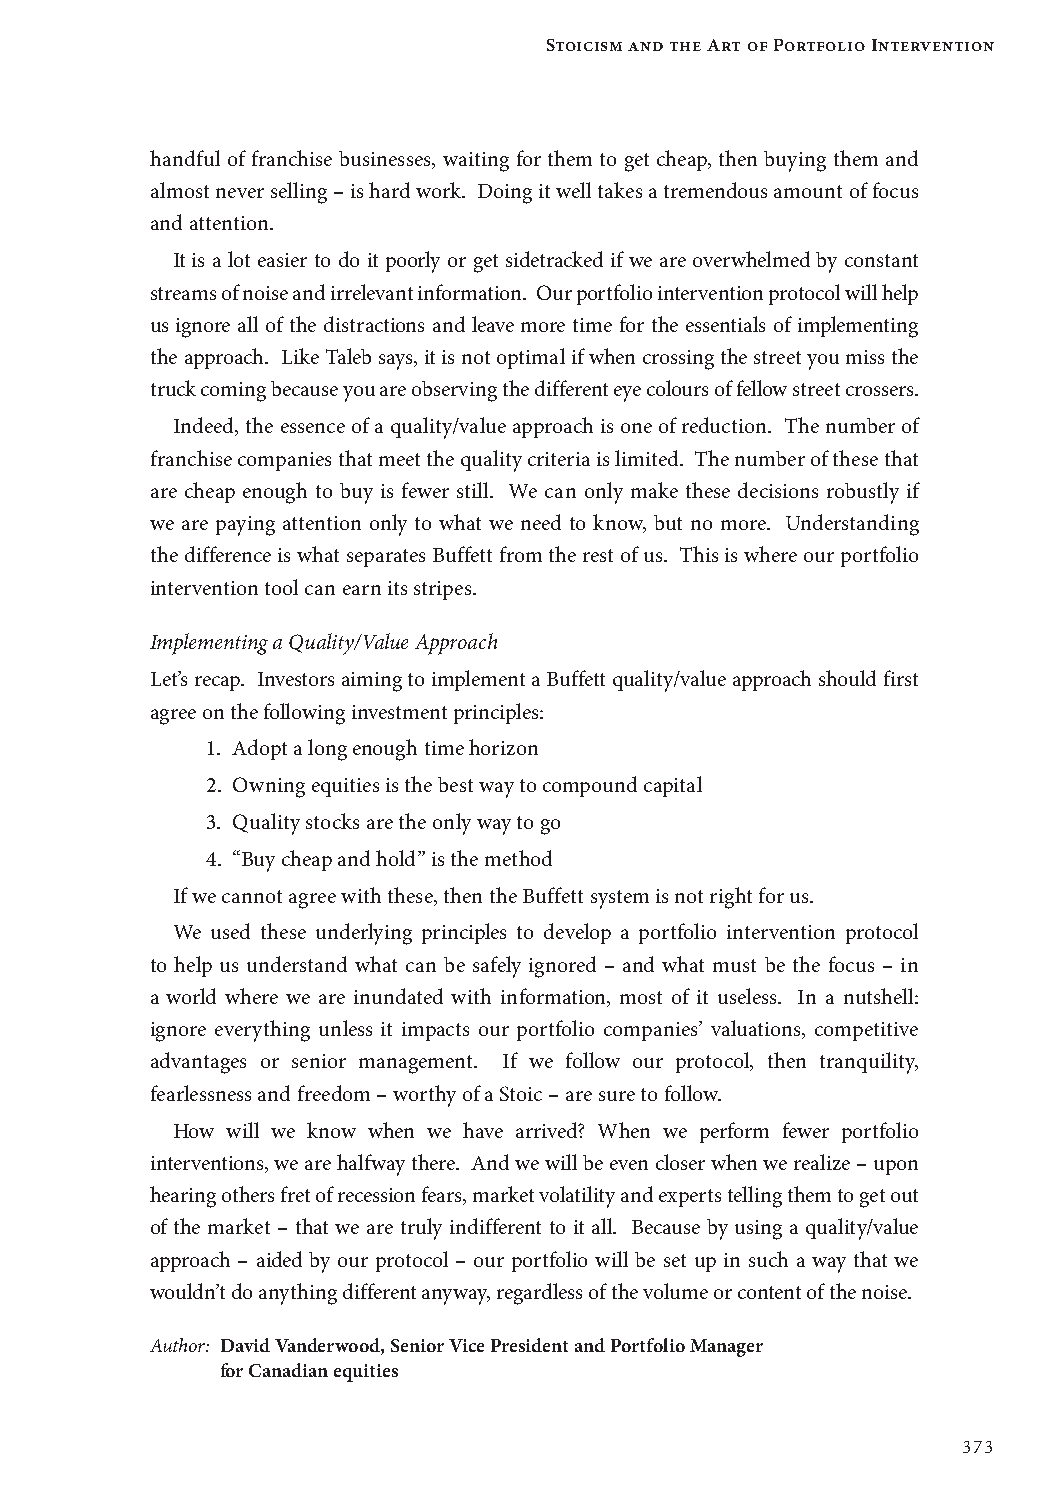
Stoicism and the Art of Portfolio Intervention
 handful of franchise businesses, waiting for them to get cheap, then buying them and
 almost never selling – is hard work. Doing it well takes a tremendous amount of focus
 and attention.
 It is a lot easier to do it poorly or get sidetracked if we are overwhelmed by constant
 streams of noise and irrelevant information. Our portfolio intervention protocol will help
 us ignore all of the distractions and leave more time for the essentials of implementing
 the approach. Like Taleb says, it is not optimal if when crossing the street you miss the
 truck coming because you are observing the different eye colours of fellow street crossers.
 Indeed, the essence of a quality/value approach is one of reduction. The number of
 franchise companies that meet the quality criteria is limited. The number of these that
 are cheap enough to buy is fewer still. We can only make these decisions robustly if
 we are paying attention only to what we need to know, but no more. Understanding
 the difference is what separates Buffett from the rest of us. This is where our portfolio
 intervention tool can earn its stripes.
 Implementing a Quality/Value Approach
 Let’s recap. Investors aiming to implement a Buffett quality/value approach should first
 agree on the following investment principles:
 1. Adopt a long enough time horizon
 2. O wning equities is the best way to compound capital
 3. Quality stocks are the only way to go
 4. “Buy cheap and hold” is the method
 If we cannot agree with these, then the Buffett system is not right for us.
 We used these underlying principles to develop a portfolio intervention protocol
 to help us understand what can be safely ignored – and what must be the focus – in
 a world where we are inundated with information, most of it useless. In a nutshell:
 ignore everything unless it impacts our portfolio companies’ valuations, competitive
 advantages or senior management. If we follow our protocol, then tranquility,
 fearlessness and freedom – worthy of a Stoic – are sure to follow.
 How will we know when we have arrived? When we perform fewer portfolio
 interventions, we are halfway there. And we will be even closer when we realize – upon
 hearing others fret of recession fears, market volatility and experts telling them to get out
 of the market – that we are truly indifferent to it all. Because by using a quality/value
 approach – aided by our protocol – our portfolio will be set up in such a way that we
 wouldn’t do anything different anyway, regardless of the volume or content of the noise.
 Author: D avid Vanderwood, Senior Vice President and Portfolio Manager
 for Canadian equities
 373